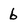
Character: b